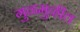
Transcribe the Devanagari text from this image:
गुळमुळीत